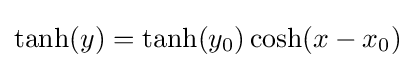
\tanh(y)=\tanh(y_{0})\cosh(x-x_{0})